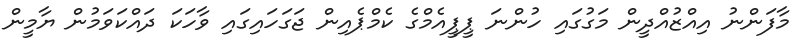
މާފަންނު އިއްޒުއްދީން މަގުގައި ހުންނަ ޕީޕީއެމްގެ ކެމްޕެއިން ޖަގަހައިގައި ވާހަކަ ދައްކަވަމުން ޔާމީން